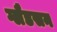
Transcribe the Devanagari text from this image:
ग्लैडसन